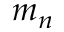
m _ { n }